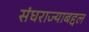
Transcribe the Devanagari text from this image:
संघराज्याबद्दल